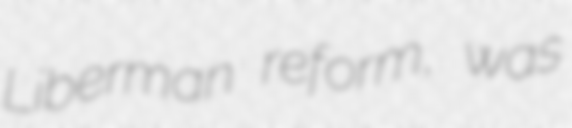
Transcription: Liberman reform, was